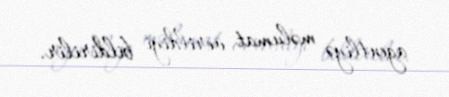
agentliyə məlumat verildiyi bildirilir.